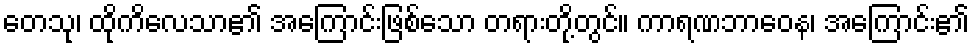
တေသု၊ ထိုကိလေသာ၏ အကြောင်းဖြစ်သော တရားတို့တွင်။ ကာရဏဘာဝေန၊ အကြောင်း၏